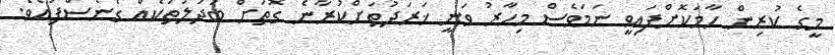
މީގެ ކުރިން ހާމަކޮށްފައިވީ ނަމަވެސް މިހާރު ވަނީ ޚަރަދުތަށްކުރާނެ ގޮތަށް ބަދަލުތަކެއް ގެނެސްފައެވެ.